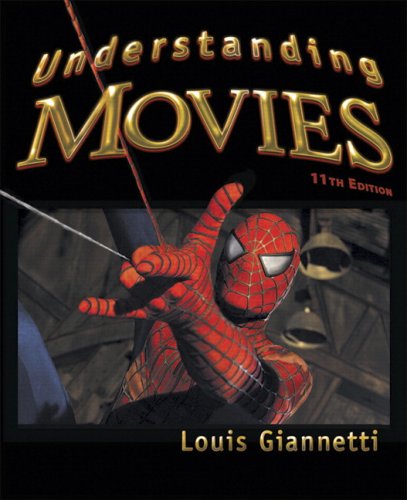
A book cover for Understanding Movies, 11th Edition; Louis Giannetti; Humor & Entertainment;